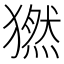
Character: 𤡮